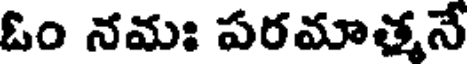
ఓం నమః పరమాత్మనే